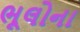
ભૂલોના